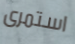
استمرى